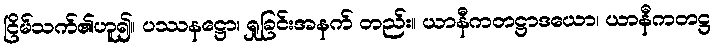
ငြိမ်သက်၏ဟူ၍။ ပဿနဋ္ဌော၊ ရှုခြင်းအနက် တည်း။ ယာနီကတဋ္ဌာဒယော၊ ယာနီကတဋ္ဌ